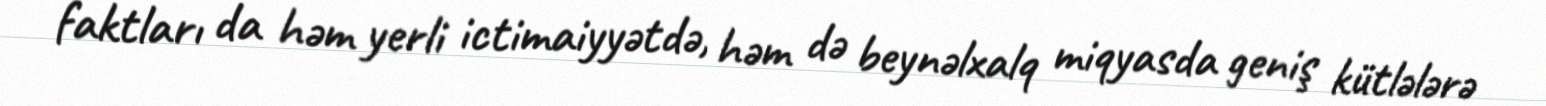
faktları da həm yerli ictimaiyyətdə, həm də beynəlxalq miqyasda geniş kütlələrə